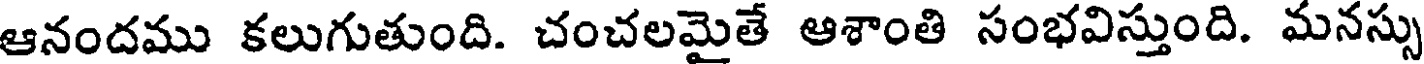
ఆనందము కలుగుతుంది. చంచలమైతే ఆశాంతి సంభవిస్తుంది. మనస్సు